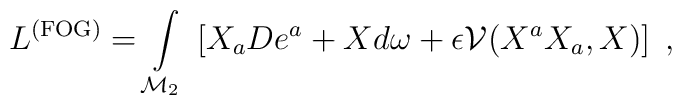
L^{\rm (FOG)}=\int\limits _{\mathcal{M}_{2}}\, \left[ X_{a}De^{a}+Xd\omega +\epsilon \mathcal{V}(X^{a}X_{a},X)\right] \; ,